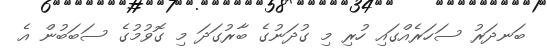
ބަނދަރު ސަހަރެއްގައި ހުރި މި ގުދަނުގެ ބާރުގަދަ މި ގޮވުމުގެ ސަބަބުން އެ